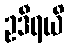
ဥဒီရယိ